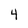
Character: 4